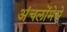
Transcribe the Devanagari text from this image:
अंचलोंमेसे